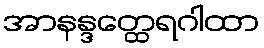
အာနန္ဒတ္ထေရဂါထာ